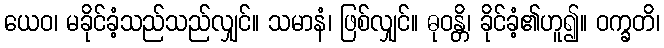
ယေဝ၊ မခိုင်ခံ့သည်သည်လျှင်။ သမာနံ၊ ဖြစ်လျှင်။ ဓုဝန္တိ၊ ခိုင်ခံ့၏ဟူ၍။ ဝက္ခတိ၊